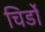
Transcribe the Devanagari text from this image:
चिर्डो